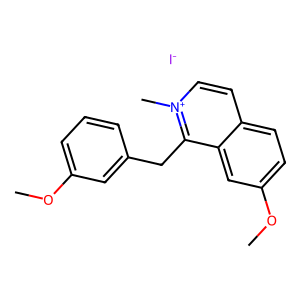
SMILES: COc1cccc(Cc2c3cc(OC)ccc3cc[n+]2C)c1.[I-]
Inhibits HIV replication: No